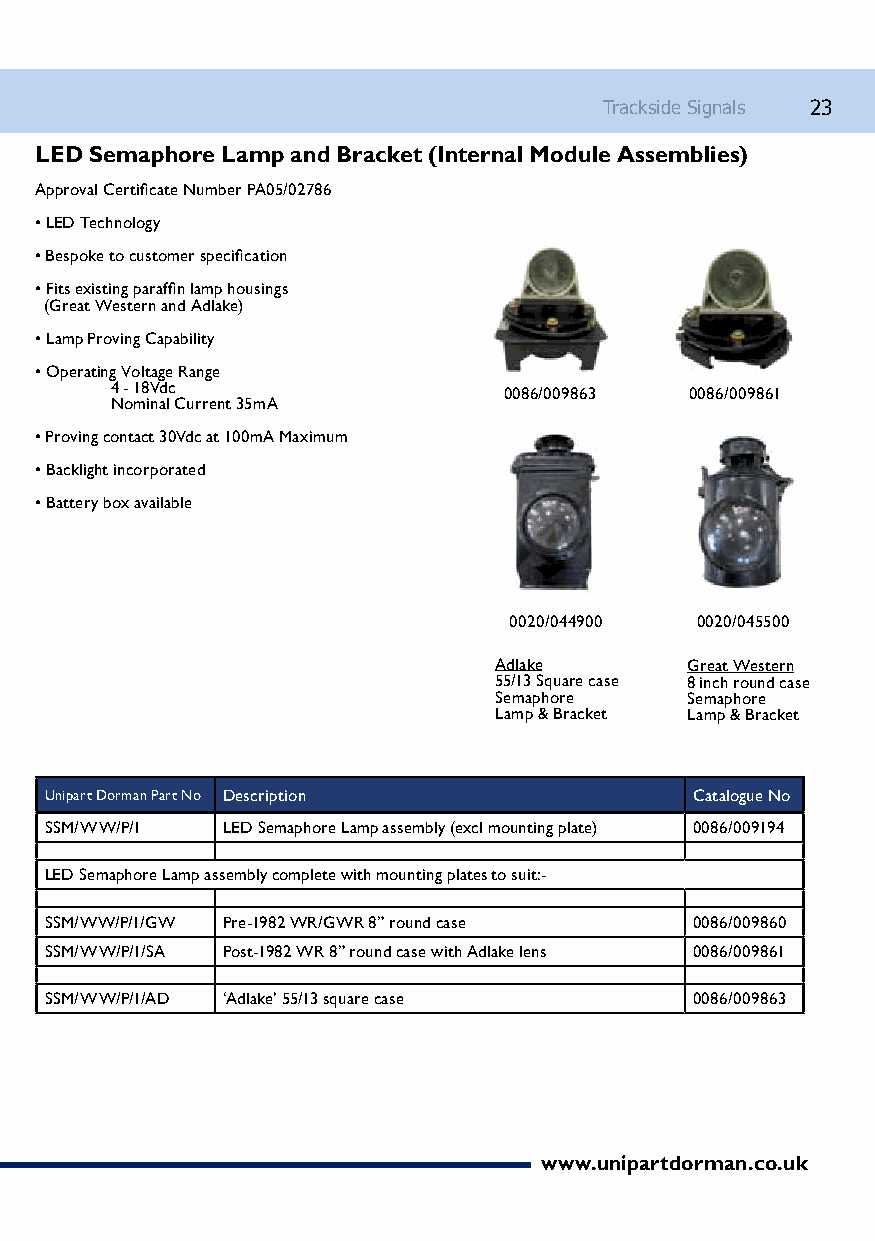
Trackside Signals 23
 LED Semaphore Lamp and Bracket (Internal Module Assemblies)
 Approval Certificate Number PA05/02786
 • LED Technology
 • Bespoke to customer specification
 • Fits existing paraffin lamp housings
 (Great Western and Adlake)
 • Lamp Proving Capability
 • Operating Voltage Range
 4 - 18Vdc                 0086/009863  0086/009861
 Nominal Current 35mA
 • Proving contact 30Vdc at 100mA Maximum
 • Backlight incorporated
 • Battery box available
 0020/044900 0020/045500
 Adlake      Great Western
 55/13 Square case 8 inch round case
 Semaphore   Semaphore
 Lamp & Bracket Lamp & Bracket
 Unipart Dorman Part No Description         Catalogue No
 SSM/WW/P/1  LED Semaphore Lamp assembly (excl mounting plate) 0086/009194
 LED Semaphore Lamp assembly complete with mounting plates to suit:-
 SSM/WW/P/1/GW Pre-1982 WR/GWR 8” round case 0086/009860
 SSM/WW/P/1/SA Post-1982 WR 8” round case with Adlake lens 0086/009861
 SSM/WW/P/1/AD ‘Adlake’ 55/13 square case   0086/009863
 www.unipartdorman.co.uk